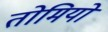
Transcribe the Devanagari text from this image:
तोमियो